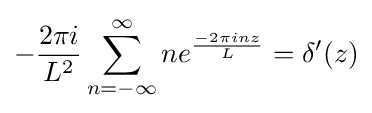
-{\frac {2\pi i}{L^{2}}}\sum _{n=-\infty }^{\infty }ne^{\frac {-2\pi inz}{L}}=\delta '(z)